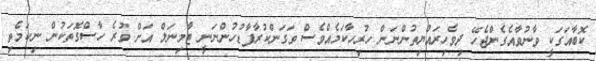
ކޮބާއަގަކީ ވާނުވާއެގެންޖެހޭ ދިވެހިރައްޔިތުންނަން ހުރިހާކަމެއްވެސް ވަގަންކުރާފާޑުހުންނަނީ ޓާމިނަލް އަށް ވުރެ ހާސްގޮތަކުން ނިކަމެތި